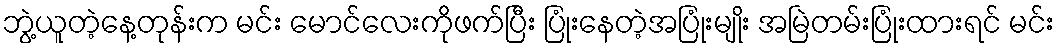
ဘွဲ့ယူတဲ့နေ့တုန်းက မင်း မောင်လေးကိုဖက်ပြီး ပြုံးနေတဲ့အပြုံးမျိုး အမြဲတမ်းပြုံးထားရင် မင်း